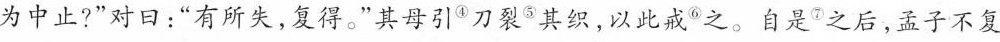
为中止?”对日：”有所失，复得。”其母引刀裂”其织，以此戒”之。自是”之后，孟子不复